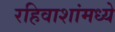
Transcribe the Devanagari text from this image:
रहिवाशांमध्ये